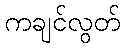
ကချင်လွတ်